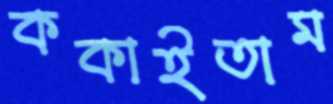
ককাইতাম